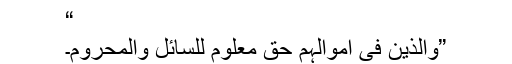
“
”والذين فى اموالہم حق معلوم للسائل والمحروم۔